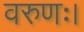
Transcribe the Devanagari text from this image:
वरुणः।